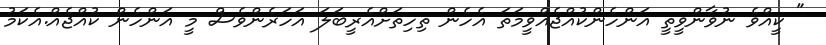
" ކީއްވެ ނުވާންވީތީ އަންހެންކުއްޖެއްވީމަތަ އެހެން ތިހިތަށްއެރީބަލަ އަހަރެންވެސް މީ އަންހެން ކުއްޖެއް.އެކަމު